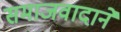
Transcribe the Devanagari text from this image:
समाजवादाने